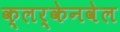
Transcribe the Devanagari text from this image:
क्लर्केनवेल